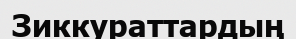
Зиккураттардың